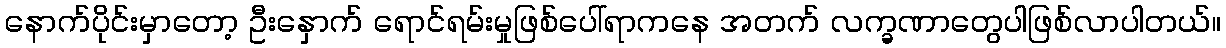
နောက်ပိုင်းမှာတော့ ဦးနှောက် ရောင်ရမ်းမှုဖြစ်ပေါ်ရာကနေ အတက် လက္ခဏာတွေပါဖြစ်လာပါတယ်။